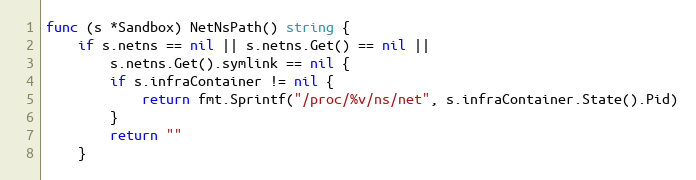
Language: Go
func (s *Sandbox) NetNsPath() string {
	if s.netns == nil || s.netns.Get() == nil ||
		s.netns.Get().symlink == nil {
		if s.infraContainer != nil {
			return fmt.Sprintf("/proc/%v/ns/net", s.infraContainer.State().Pid)
		}
		return ""
	}